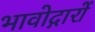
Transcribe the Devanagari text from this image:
भावोद्गारों